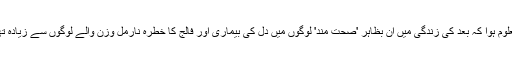
معلوم ہوا کہ بعد کی زندگی میں ان بظاہر 'صحت مند' لوگوں میں دل کی بیماری اور فالج کا خطرہ نارمل وزن والے لوگوں سے زیادہ تھا۔